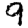
Digit: 9